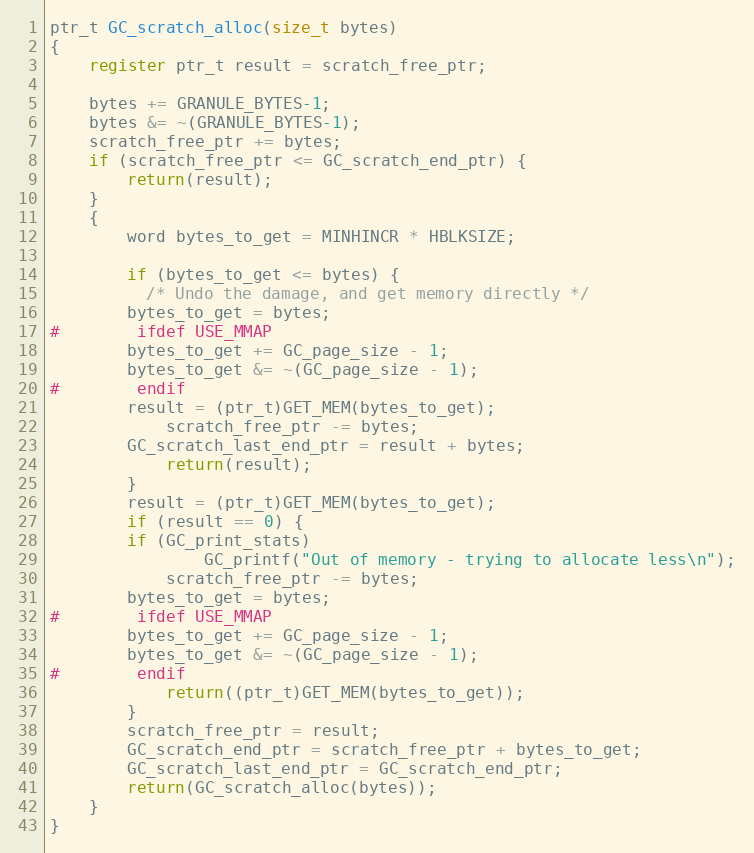
Language: C
ptr_t GC_scratch_alloc(size_t bytes)
{
    register ptr_t result = scratch_free_ptr;

    bytes += GRANULE_BYTES-1;
    bytes &= ~(GRANULE_BYTES-1);
    scratch_free_ptr += bytes;
    if (scratch_free_ptr <= GC_scratch_end_ptr) {
        return(result);
    }
    {
        word bytes_to_get = MINHINCR * HBLKSIZE;

        if (bytes_to_get <= bytes) {
          /* Undo the damage, and get memory directly */
	    bytes_to_get = bytes;
#	    ifdef USE_MMAP
		bytes_to_get += GC_page_size - 1;
		bytes_to_get &= ~(GC_page_size - 1);
#	    endif
	    result = (ptr_t)GET_MEM(bytes_to_get);
            scratch_free_ptr -= bytes;
	    GC_scratch_last_end_ptr = result + bytes;
            return(result);
        }
        result = (ptr_t)GET_MEM(bytes_to_get);
        if (result == 0) {
	    if (GC_print_stats)
                GC_printf("Out of memory - trying to allocate less\n");
            scratch_free_ptr -= bytes;
	    bytes_to_get = bytes;
#	    ifdef USE_MMAP
		bytes_to_get += GC_page_size - 1;
		bytes_to_get &= ~(GC_page_size - 1);
#	    endif
            return((ptr_t)GET_MEM(bytes_to_get));
        }
        scratch_free_ptr = result;
        GC_scratch_end_ptr = scratch_free_ptr + bytes_to_get;
        GC_scratch_last_end_ptr = GC_scratch_end_ptr;
        return(GC_scratch_alloc(bytes));
    }
}